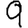
Digit: 9